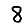
Digit: 8